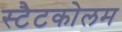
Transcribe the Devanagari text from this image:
स्टैटकोलम